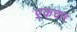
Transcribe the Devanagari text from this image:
एकचार